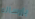
بإرساله